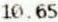
10.65